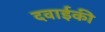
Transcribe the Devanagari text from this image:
दवाईकी